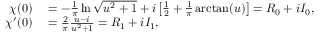
\begin{array} { r l } { \chi ( 0 ) } & { { } = - \frac { 1 } { \pi } \ln \sqrt { u ^ { 2 } + 1 } + i \left[ \frac { 1 } { 2 } + \frac { 1 } { \pi } \arctan ( u ) \right] = R _ { 0 } + i I _ { 0 } , } \\ { \chi ^ { \prime } ( 0 ) } & { { } = \frac { 2 } { \pi } \frac { u - i } { u ^ { 2 } + 1 } = R _ { 1 } + i I _ { 1 } , } \end{array}